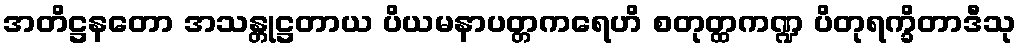
အတိဋ္ဌနတော အသန္တုဋ္ဌတာယ ပိယမနာပတ္တကရေဟိ စတုတ္ထကဏ္ဍ ပိတုရက္ခိတာဒီသု